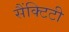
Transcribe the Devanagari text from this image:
सैंक्टिटी